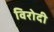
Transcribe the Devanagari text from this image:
विरोदी